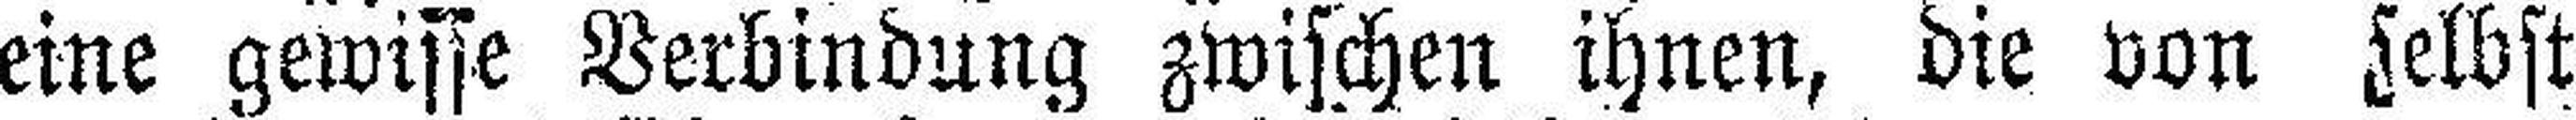
eine gewisse Verbindung zwischen ihnen, die von selbst